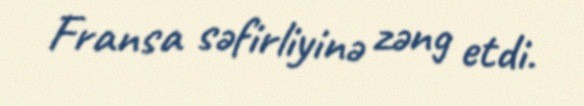
Fransa səfirliyinə zəng etdi.